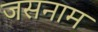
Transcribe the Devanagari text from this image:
जसनाम